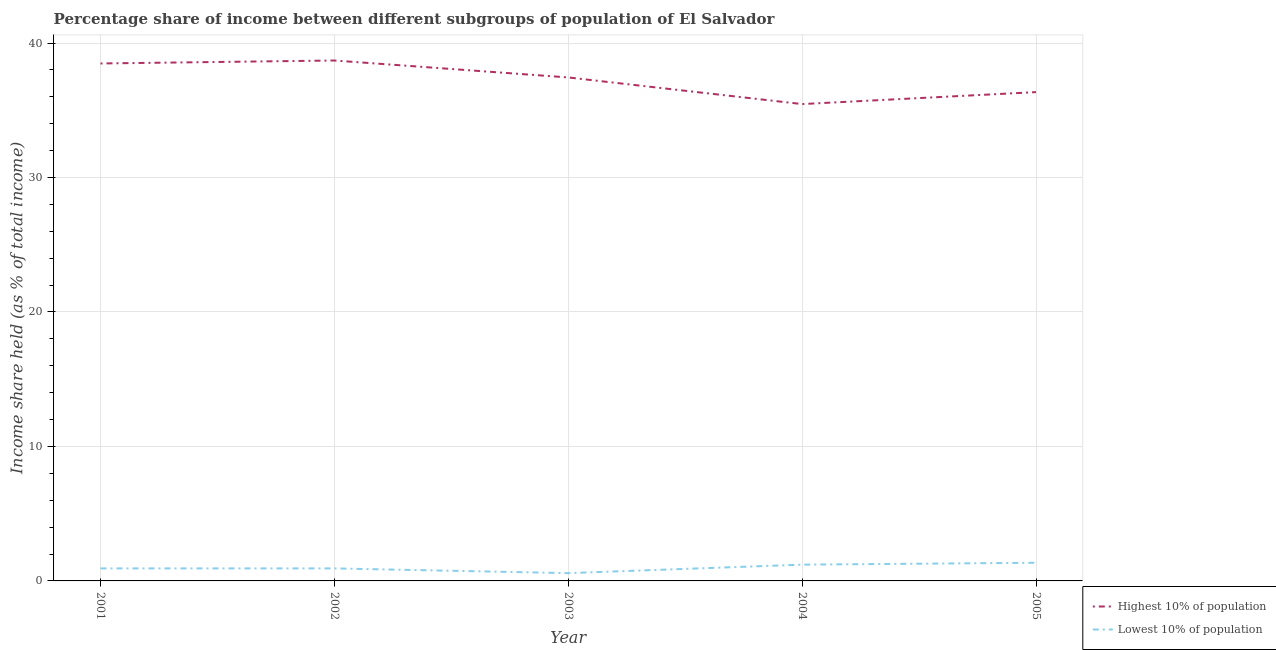
| Year | Highest 10% of population | Lowest 10% of population |
 | --- | --- | --- |
 | 2001 | 38.5 | 0.93 |
 | 2002 | 38.7 | 0.93 |
 | 2003 | 37.4 | 0.58 |
 | 2004 | 35.5 | 1.21 |
 | 2005 | 36.4 | 1.35 |